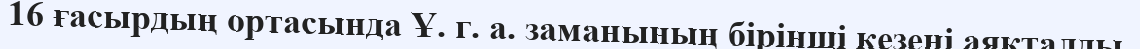
16 ғасырдың ортасында Ұ. г. а. заманының бірінші кезеңі аяқталды.